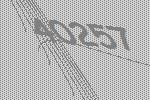
40257